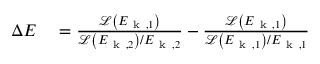
\begin{array} { r l } { \Delta E } & { { } = \frac { \mathcal { L } \left( E _ { \mathrm { ~ k ~ } , 1 } \right) } { \mathcal { L } \left( E _ { \mathrm { ~ k ~ } , 2 } \right) / E _ { \mathrm { ~ k ~ } , 2 } } - \frac { \mathcal { L } \left( E _ { \mathrm { ~ k ~ } , 1 } \right) } { \mathcal { L } \left( E _ { \mathrm { ~ k ~ } , 1 } \right) / E _ { \mathrm { ~ k ~ } , 1 } } } \end{array}